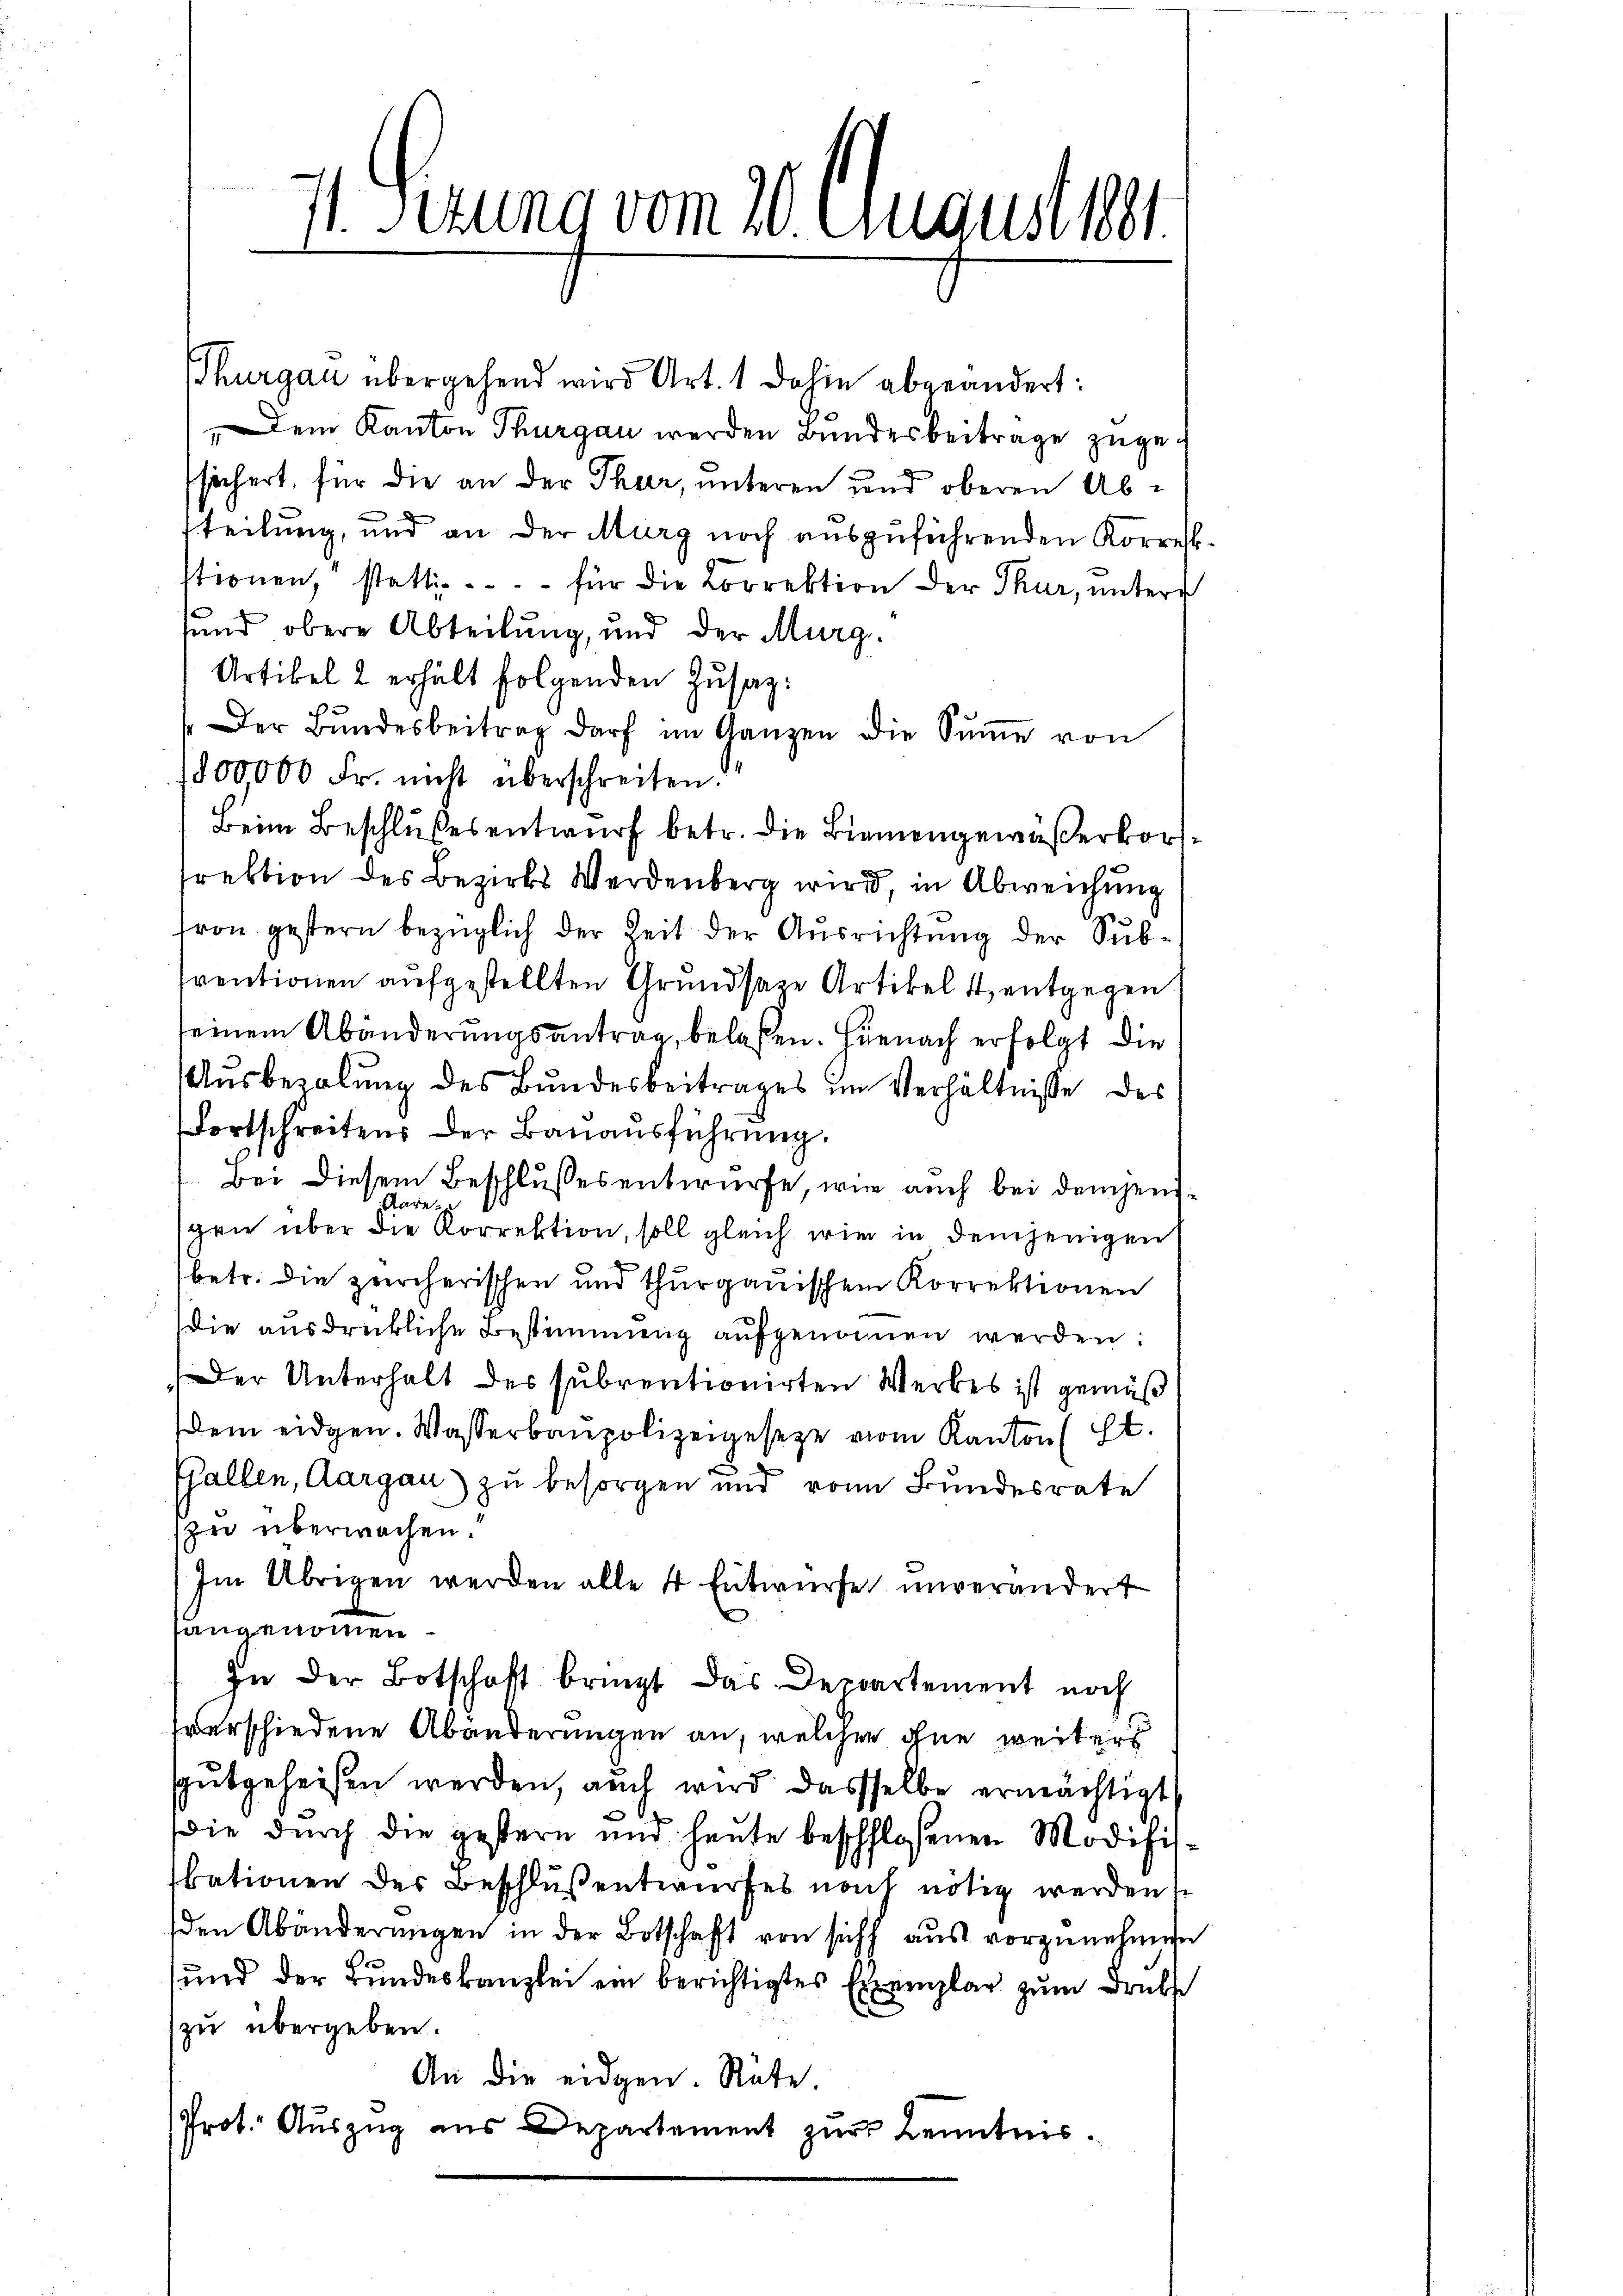
Thurgau übergehend wird Art. 1 dahin abgeändert:
Dem Kanton Thurgau werden Bundesbeitrage zugesichert, für die an der Thur, unteren und oberen Absteilung, und an der Murg noch auszuführenden Korrekstionen, statt . . . . . für die Correktion der Thur, unter
sund obere Abteilung, und der Murg
Artikel 2 erhält folgenden Zŭsaz:
"Der Bŭndesbeitrag darf im Ganzen die Sŭṁe von
800000 Fr. nicht überschreiten.
Beim Beschlußes entwurf betr. die Biemengewäßerkorsirektion des Bezirks Werdenberg wird, in Abweichung
fron gestern bezüglich der Zeit der Ausrichtung der Subtrentionen aufgestellten Grundsaze Artikel 4, entgegen
seinem Abänderungsantrag, belaßen. Hienach erfolgt die
Ausbezalung des Bundesbeitrages im Verhältnisse des
Fortschreitens der Bauausführung.
Bei diesem Beschlussesentwurfe, wie auch bei demjeni¬
Aaresgen über die Korrektion, soll gleich wir in demjenigen
betr. die zürcherischen und thurgauischen Korrektionen
die ausdrückliche Bestimmung aŭfgenommen werden:
Der Unterhalt des subventionirten Werbes ist gemäß
dem eidgen. Wasserbaupolizeigesetze vom Kanton St.
Gallen, Aargau) zu besorgen und von Bundesrate
zu überwochen.
Im Übrigen werden alle 4 Entwurfe unverändert
angenommen
In der Botschaft bringt das Deppartement noch
verschiedene Abänderungen an, welcher ohne weiters
sgutgeheißen werden, auch wird dasselbe ermächtigt
die durch die gestern und heute beschlossenen Modifiskationen der Beschluß entwurfes noch nötig werden si
den Abänderungen in der Botschaft von sich aus vorzunehmen
sund der Bundeskanzlei ein berichtigtes Exemplar zum Drub
zu übergeben.
An die eidgen. Räte.
Prot. Auszug aus Departement zur Kenntnis.

1. Sezung vom 20. August g